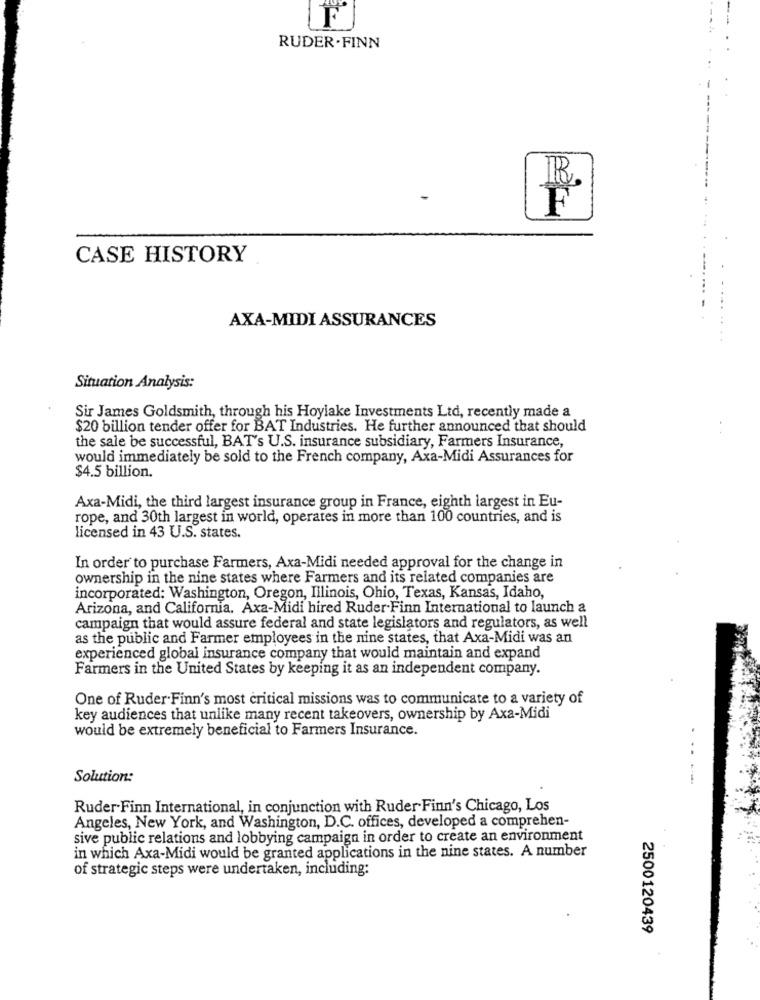
F
RUDER . FINN
IR.
F
CASE HISTORY
....
AXA-MIDI ASSURANCES
..
Situation Analysis:
Sir James Goldsmith, through his Hoylake Investments Ltd, recently made a
$20 billion tender offer for BAT Industries. He further announced that should
the sale be successful, BAT's U.S. insurance subsidiary, Farmers Insurance,
would immediately be sold to the French company, Axa-Midi Assurances for
$4.5 billion.
Axa-Midi, the third largest insurance group in France, eighth largest in Eu-
rope, and 30th largest in world, operates in more than 100 countries, and is
licensed in 43 U.S. states.
In order to purchase Farmers, Axa-Midi needed approval for the change in
ownership in the nine states where Farmers and its related companies are
incorporated: Washington, Oregon, Illinois, Ohio, Texas, Kansas, Idaho,
Arizona, and California. Axa-Midi hired Ruder Finn International to launch a
campaign that would assure federal and state legislators and regulators, as well
as the public and Farmer employees in the nine states, that Axa-Midi was an
experienced global insurance company that would maintain and expand
Farmers in the United States by keeping it as an independent company.
One of Ruder Finn's most critical missions was to communicate to a variety of
key audiences that unlike many recent takeovers, ownership by Axa-Midi
would be extremely beneficial to Farmers Insurance.
Solution:
-
Ruder Finn International, in conjunction with Ruder Finn's Chicago, Los
Angeles, New York, and Washington, D.C. offices, developed a comprehen-
sive public relations and lobbying campaign in order to create an environment
in which Axa-Midi would be granted applications in the nine states. A number
of strategic steps were undertaken, including:
2500120439